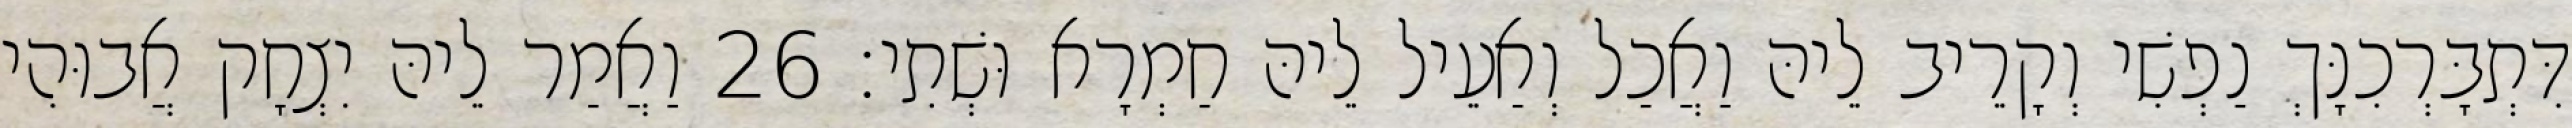
דִּתְבָּרְכִנָּךְ נַפְשִׁי וְקָרֵיב לֵיהּ וַאֲכַל וְאַעֵיל לֵיהּ חַמְרָא וּשְׁתִי׃ 26 וַאֲמַר לֵיהּ יִצְחָק אֲבוּהִי